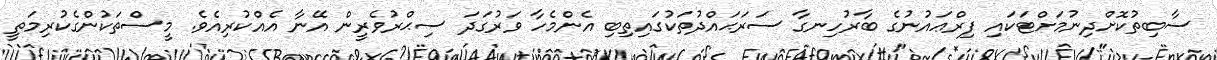
ސާބިތުކޮށްދިނުމަށްޓަކައި ފިރްޢައުނުގެ ބާރުހިނގާ ސަރަޙައްދުތަކުގައިތިބި އެންމެހާ ވަރުގަދަ ސިޙްރުވެރީން އޭނާ އެއްކުރިއެވެ. މީސްތަކުންގެކުރިމަތީ